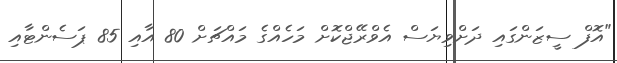
"އޮފް ސީޒަންގައި ދަށްވިޔަސް އެވްރޭޖްކޮށް މަހެއްގެ މައްޗަށް 80 އާއި 85 ޕަސެންޓާއި